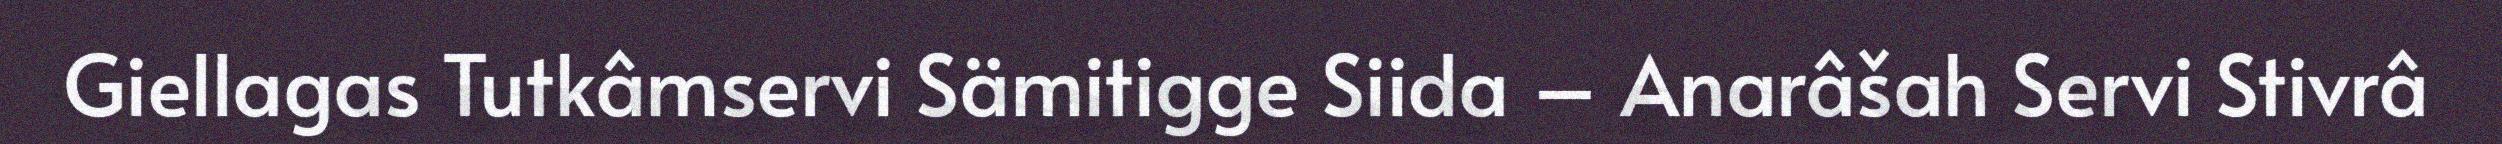
Giellagas Tutkâmservi Sämitigge Siida – Anarâšah Servi Stivrâ